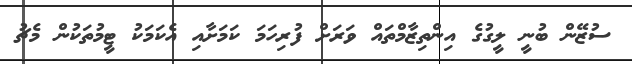
ސުޒޭން ބުނީ ލީގުގެ އިންތިޒާމްތައް ވަރަށް ފުރިހަމަ ކަމަށާއި އެކަމަކު ޓީމުތަކުން މެޗު